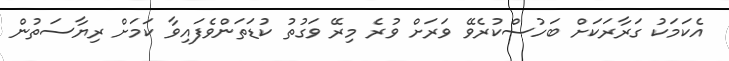
އެކަމަކު ގަރާރަކަށް ބަހުސްކުރެވޭ ވަރަށް ވުރެ މިރޭ ވަގުތު ކުޑަތަންވެފައިވާ ކަމަށް ރިޔާސަތުން